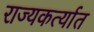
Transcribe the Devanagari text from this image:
राज्यकर्त्यात